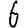
Digit: 6